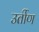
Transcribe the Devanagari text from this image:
उर्तीण